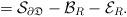
LaTeX: \begin{align*}={\mathcal S}_{\partial\mathfrak D} -{\mathcal B_R}-\mathcal E_R.\end{align*}